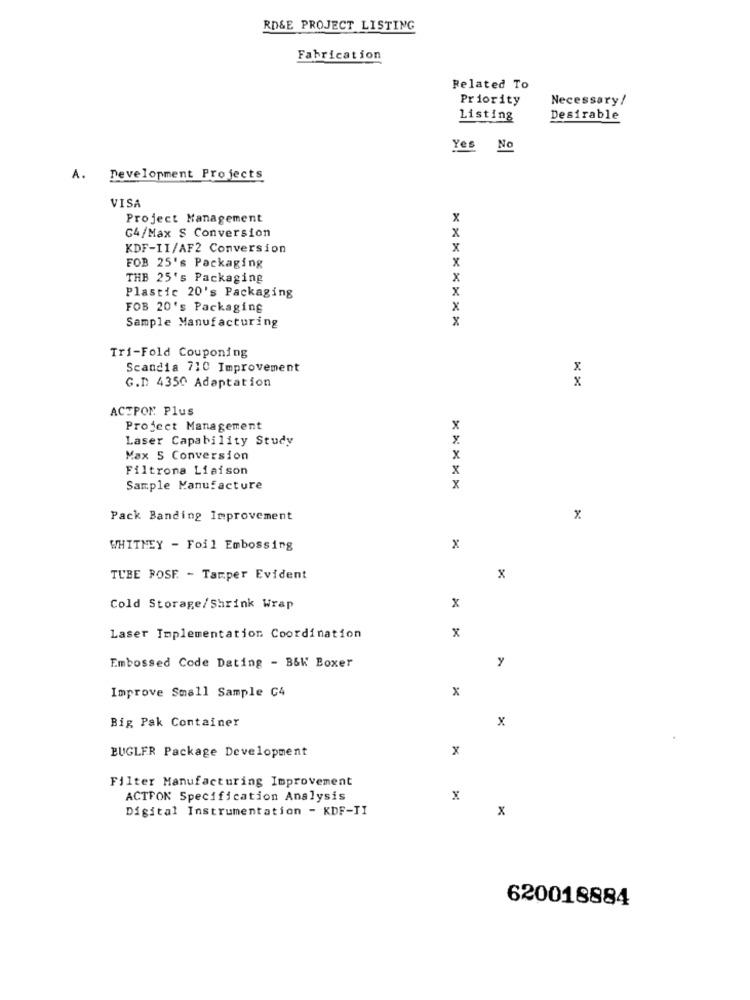
RD&E PROJECT LISTING
Fabrication
Related To
Priority
Necessary/
Listing
Desirable
Yes No
A. Development Projects
VISA
Project Management
x
x
G4/Max S Conversion
KDF-II/AF2 Conversion
x
x
FOB 25's Packaging
THB 25's Packaging
Plastic 20's Packaging
x
FOB 20's Packaging
x
Sample Manufacturing
x
Tri-Fold Couponing
Scandia 710 Improvement
x
G.D 4350 Adaptation
x
ACTPON Plus
Project Management
x
Laser Capability Study
x
Max S Conversion
x
Filtrona Liaison
x
Sample Manufacture
x
Pack Banding Improvement
x
WHITHEY - Foil Embossing
x
TUBE POSE - Tamper Evident
x
Cold Storage/ Shrink Wrap
x
Laser Implementation Coordination
x
Embossed Code Dating - B&W Boxer
y
Improve Small Sample G4
x
Big Pak Container
x
BUGLER Package Development
x
Filter Manufacturing Improvement
ACTFON Specification Analysis
x
Digital Instrumentation - KDF-TI
x
620018884